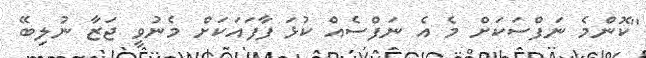
''ކޮންމެ ނަފްސަކަށް މެ އެ ނަފްސެއް ކުޅަ ފާފައަކަށް މެނުވީ ޖަޒާ ނުލިބޭ